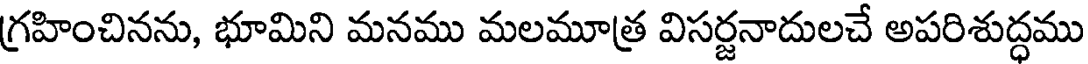
గ్రహించినను, భూమిని మనము మలమూత్ర విసర్జనాదులచే అపరిశుద్ధము